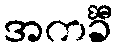
အကင်္ခီ